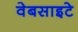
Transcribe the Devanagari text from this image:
वेबसाइटे